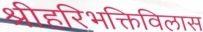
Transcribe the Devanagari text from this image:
श्रीहरिभक्तिविलास